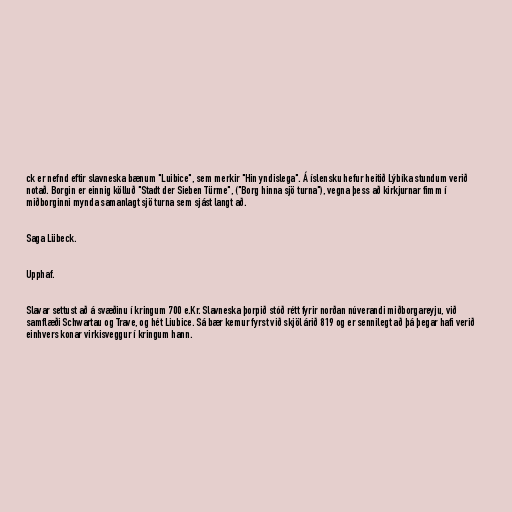
ck er nefnd eftir slavneska bænum "Luibice", sem merkir "Hin yndislega". Á íslensku hefur heitið Lýbíka stundum verið
notað. Borgin er einnig kölluð "Stadt der Sieben Türme", ("Borg hinna sjö turna"), vegna þess að kirkjurnar fimm í
miðborginni mynda samanlagt sjö turna sem sjást langt að.

Saga Lübeck.

Upphaf.

Slavar settust að á svæðinu í kringum 700 e.Kr. Slavneska þorpið stóð rétt fyrir norðan núverandi miðborgareyju, við
samflæði Schwartau og Trave, og hét Liubice. Sá bær kemur fyrst við skjöl árið 819 og er sennilegt að þá þegar hafi verið
einhvers konar virkisveggur í kringum hann.